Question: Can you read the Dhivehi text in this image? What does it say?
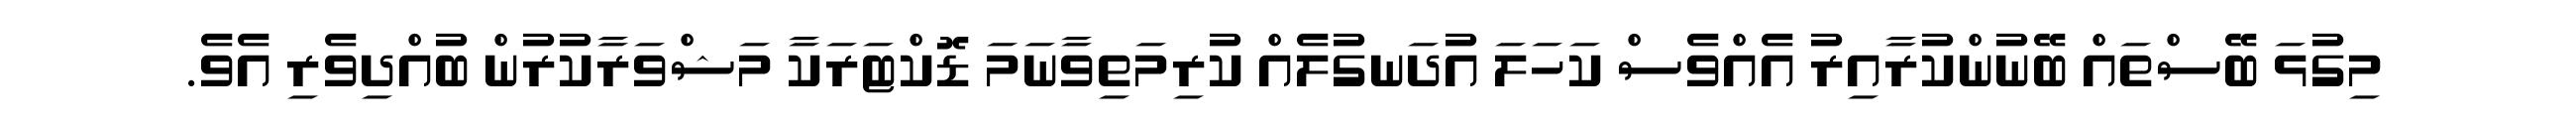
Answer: މިގުޅަ ބޭސްތައް ބޭނުންކުރާއިރު އެއްވެސް ކަހަލަ އުދަނގުލެއް ކުރިމަތިވާނަމަ ޑޮކްޓަރަކާ މަޝްވަރާކުރުން ބުއްދިވެރި އެވެ.